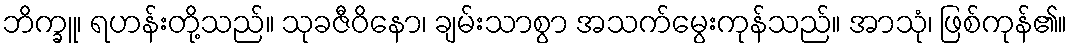
ဘိက္ခူ၊ ရဟန်းတို့သည်။ သုခဇီဝိနော၊ ချမ်းသာစွာ အသက်မွေးကုန်သည်။ အာသုံ၊ ဖြစ်ကုန်၏။